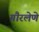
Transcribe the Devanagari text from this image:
गौरलेणे